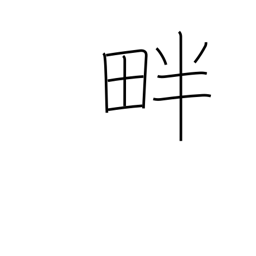
Meaning: levee